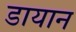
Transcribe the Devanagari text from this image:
डायान